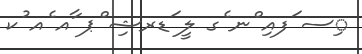
ިސ ަފއި ްނ ެގ ލީ ަޑރޝި ްޕ ާއ ެއ ުކ